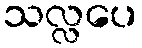
သလ္လပေ